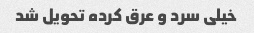
خیلی سرد و عرق کرده تحویل شد